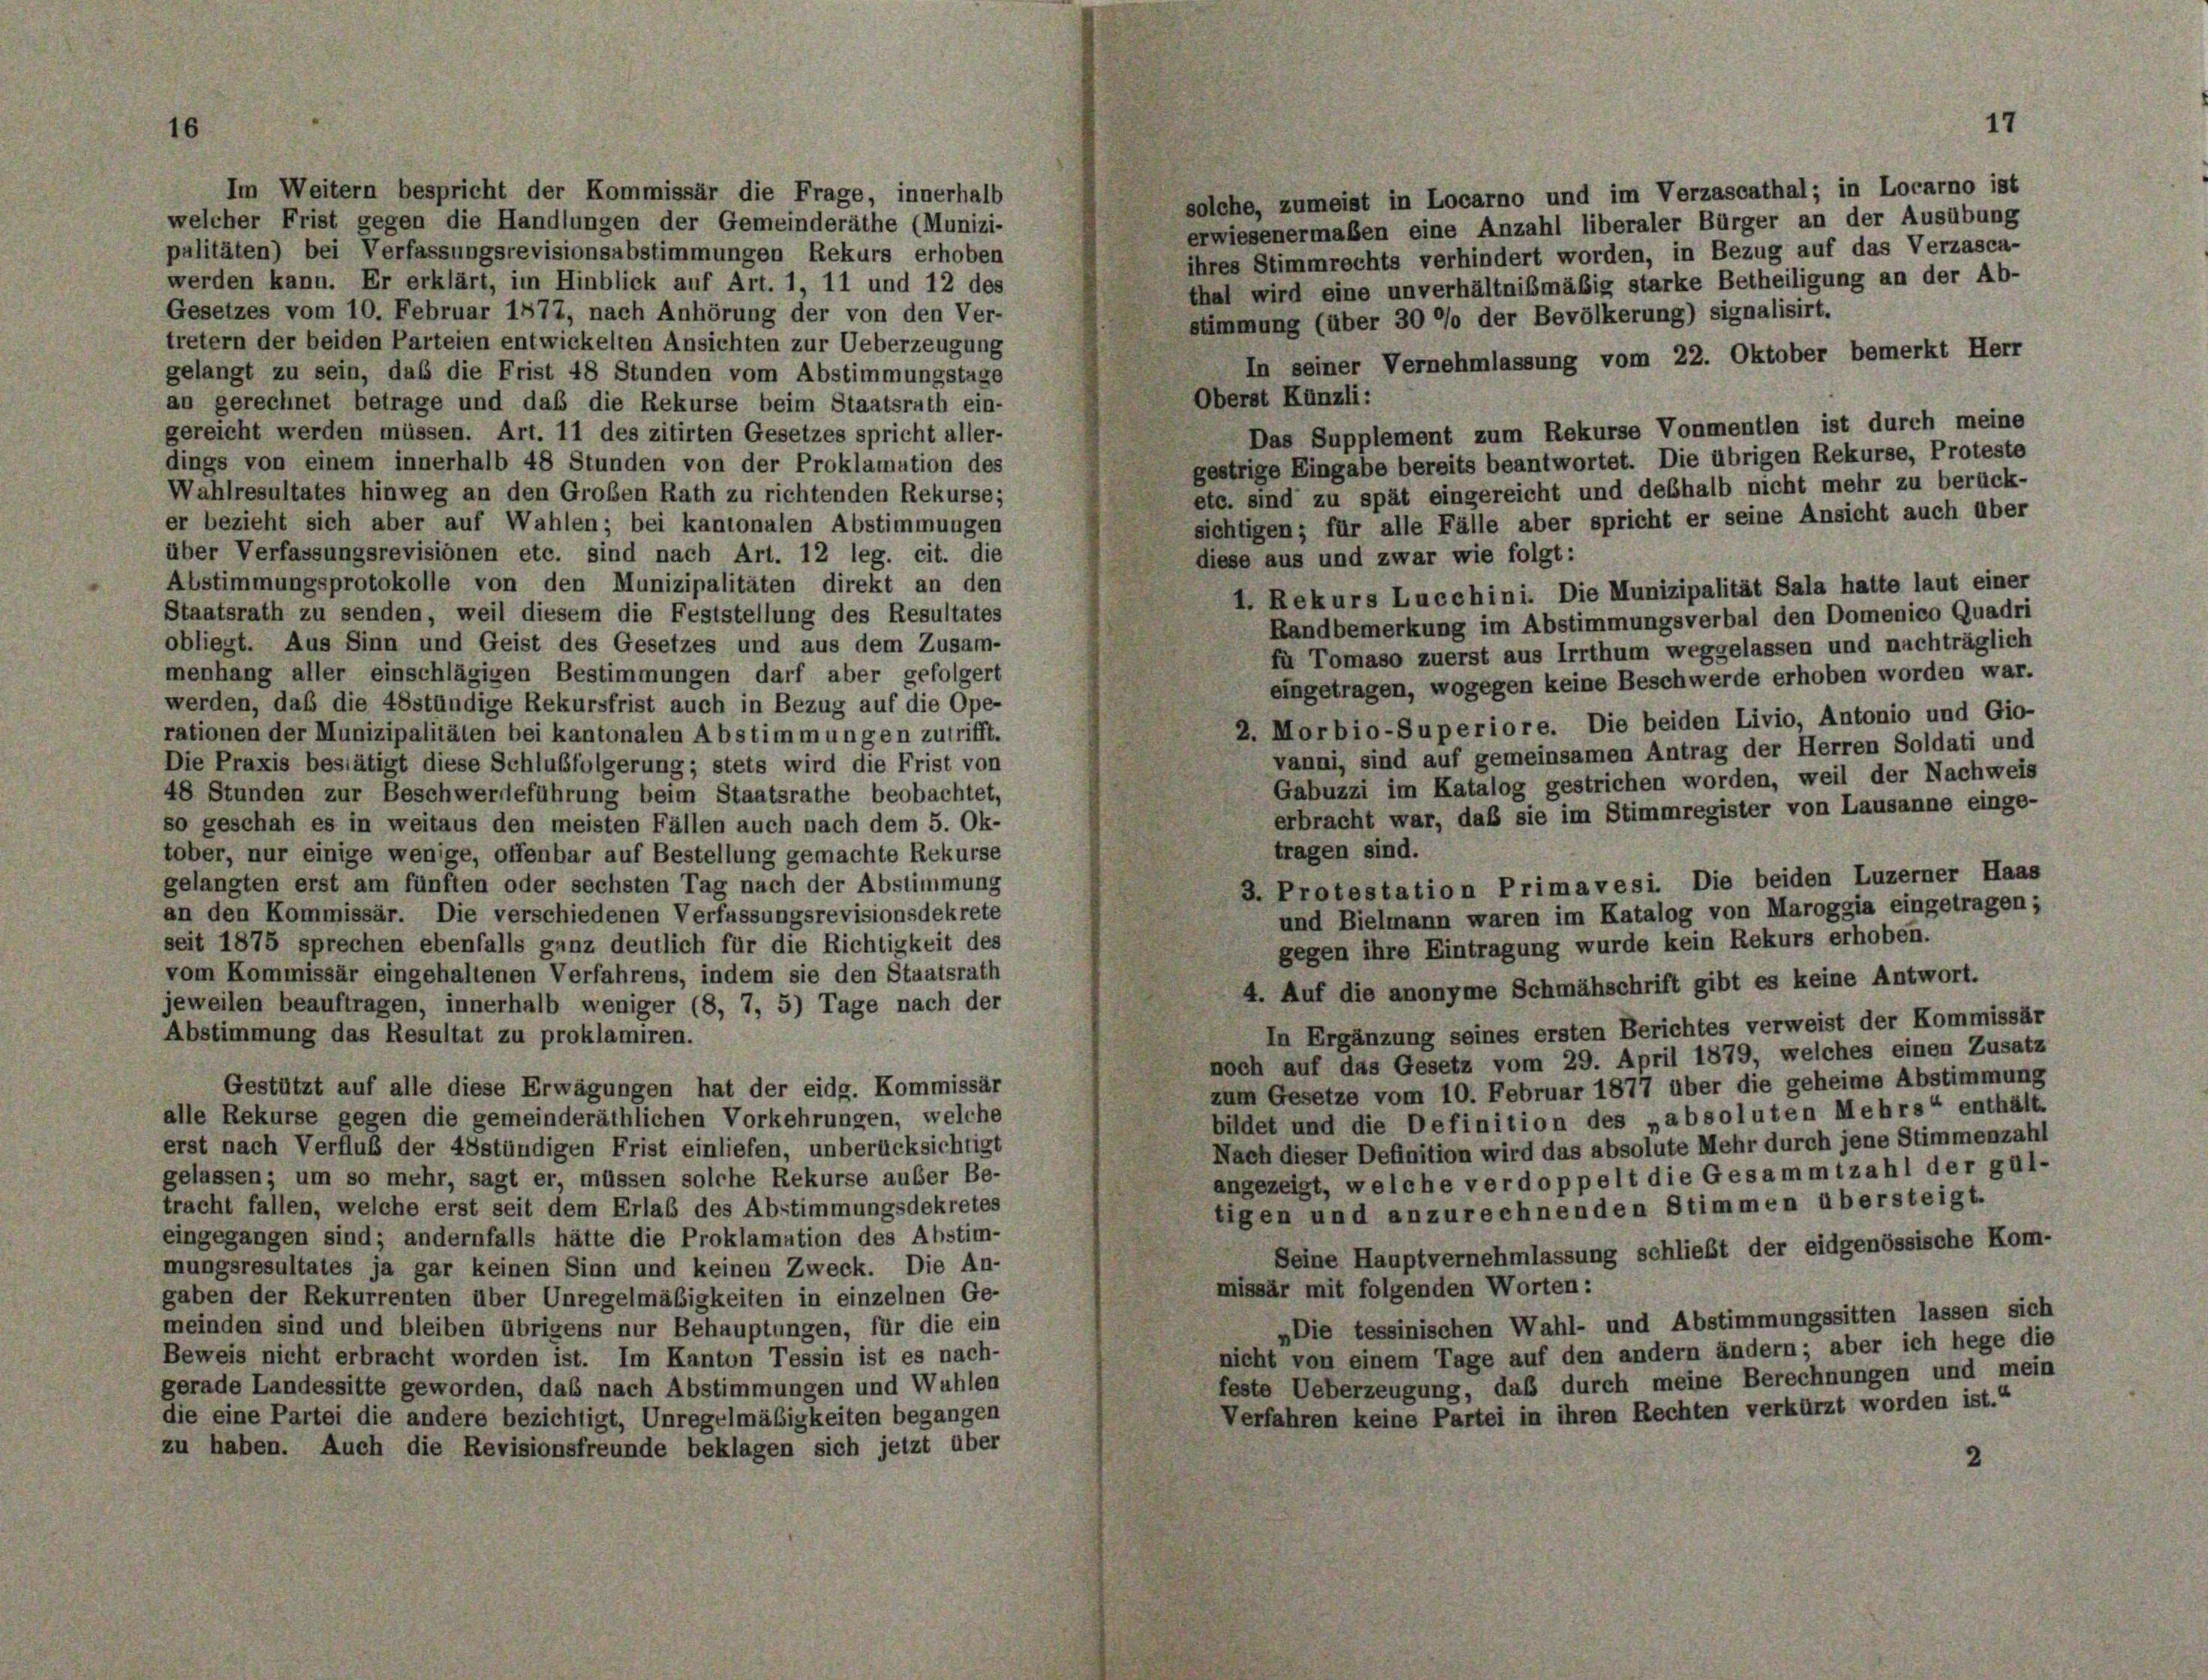
16
e

solche, zumeist in Locarno und im Verzascathal; in Locarno ist
welcher Frist gegen die Handlungen der Gemeinderäthe (Munizi-
erwiesenermaßen eine Anzahl liberaler Bürger an der Ausübung
palitäten) bei Verfassungsrevisionsabstimmungen Rekurs erhoben
ihres Stimmrechts verhindert worden, in Bezug auf das Verzasca-
werden kann. Er erklärt, im Hinblick auf Art. 1, 11 und 12 des
thal wird eine unverhältnißmäßig starke Betheiligung an der Ab-
Gesetzes vom 10. Februar 1877, nach Anhörung der von den Ver-
stimmung (über 30 °/o der Bevölkerung) signalisirt.
tretern der beiden Parteien entwickelten Ansichten zur Ueberzeugung
In seiner Vernehmlassung vom 22. Oktober bemerkt Herr
gelangt zu sein, das die Frist 48 Stunden vom Abstimmungstage
Oberst Künzli:
an gerechnet betrage und daß die Rekurse beim Staatsrath ein-
Das Supplement zum Rekurse Vonmentlen ist durch meine
gereicht werden müssen. Art. 11 des zitirten Gesetzes spricht aller-
gestrige Eingabe bereits beantwortet. Die übrigen Rekurse, Proteste
dings von einem innerhalb 48 Stunden von der Proklamation des
etc. sind zu spät eingereicht und deßhalb nicht mehr zu berück-
Wahlresultates hinweg an den Großen Rath zu richtenden Rekurse;
sichtigen; für alle Fälle aber spricht er seine Ansicht auch über
er bezieht sich aber auf Wahlen; bei kantonalen Abstimmungen
über Verfassungsrevisionen etc. sind nach Art. 12 leg. cit. die
diese aus und zwar wie folgt:
Abstimmungsprotokolle von den Munizipalitäten direkt an den
1. Rekurs Lucchini. Die Munizipalität Sala hatte laut einer
Staatsrath zu senden, weil diesem die Feststellung des Resultates
Randbemerkung im Abstimmungsverbal den Domenico Quadri
obliegt. Aus Sinn und Geist des Gesetzes und aus dem Zusam-
fü Tomaso zuerst aus Irrthum weggelassen und nachträglich
menhang aller einschlägigen Bestimmungen darf aber gefolgert
eingetragen, wogegen keine Beschwerde erhoben worden war.
werden, daß die Abständige Rekursfrist auch in Bezug auf die Ope-
2. Morbio-Superiore. Die beiden Livio, Antonio und Gio-
rationen der Munizipalitäten bei kantonalen Abstimmungen zutrifft.
vanni, sind auf gemeinsamen Antrag der Herren Soldati und
Die Praxis bestätigt diese Schlußfolgerung; stets wird die Frist von
Gabuzzi im Katalog gestrichen worden, weil der Nachweis
48 Stunden zur Beschwerdeführung beim Staatsrathe beobachtet,
erbracht war, daß sie im Stimmregister von Lausanne einge-
so geschah es in weitaus den meisten Fällen auch nach dem 5. Ok-
tragen sind.
tober, nur einige wenige, offenbar auf Bestellung gemachte Rekurse
gelangten erst am fünften oder sechsten Tag nach der Abstimmung
3. Protestation Primavesi. Die beiden Luzerner Haas
an den Kommissär. Die verschiedenen Verfassungsrevisionsdekrete
und Bielmann waren im Katalog von Maroggia eingetragen;
seit 1875 sprechen ebenfalls ganz deutlich für die Richtigkeit des
gegen ihre Eintragung wurde kein Rekurs erhoben.
vom Kommissär eingehaltenen Verfahrens, indem sie den Staatsrath
4. Auf die anonyme Schmähschrift gibt es keine Antwort.
jeweilen beauftragen, innerhalb weniger (8, 7, 5) Tage nach der
In Ergänzung seines ersten Berichtes verweist der Kommissär
Abstimmung das Resultat zu proklamiren.
noch auf das Gesetz vom 29. April 1879, welches einen Zusatz
zum Gesetze vom 10. Februar 1877 über die geheime Abstimmung
Gestützt auf alle diese Erwägungen hat der eidg. Kommissär
alle Rekurse gegen die gemeinderäthlichen Vorkehrungen, welche
bildet und die Definition des „absoluten Mehrs“ enthält.
Nach dieser Definition wird das absolute Mehr durch jene Stimmenzahl
erst nach Verfluß der 48stündigen Frist einliefen, unberücksichtigt
angezeigt, welche verdoppelt die Gesammtzahl der gül-
gelassen; um so mehr, sagt er, müssen solche Rekurse auser Be-
tracht fallen, welche erst seit dem Erlas des Abstimmungsdekretes
tigen und anzurechnenden Stimmen übersteigt.
eingegangen sind; andernfalls hätte die Proklamation des Abstim-
Seine Hauptvernehmlassung schließt der eidgenössische Kom-
mungsresultates ja gar keinen Sinn und keinen Zweck. Die An-
missär mit folgenden Worten:
gaben der Rekurrenten über Unregelmäßigkeiten in einzelnen Ge-
„Die tessinischen Wahl- und Abstimmungssitten lassen sich
meinden sind und bleiben übrigens nur Behauptungen, für die ein
nicht von einem Tage auf den andern ändern; aber ich hege die
Beweis nicht erbracht worden ist. Im Kanton Tessin ist es nach-
feste Ueberzeugung, daß durch meine Berechnungen und mein
gerade Landessitte geworden, das nach Abstimmungen und Wahlen
Verfahren keine Partei in ihren Rechten verkürzt worden ist.“
die eine Partei die andere bezichtigt, Unregelmäßigkeiten begangen
zu haben. Auch die Revisionsfreunde beklagen sich jetzt über
2

Im Weitern bespricht der Kommissär die Frage, innerhalb

17